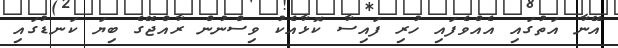
އޭނާ އަތުގައި އެއްވެފައި ހުރި ފައިސާ ކޮޅާއެކު ވިސްނުން ރާއްޖޭގެ ބިޔަ ކަނޑުގައި